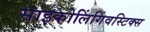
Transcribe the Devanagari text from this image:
साइकोलिंगिंवस्टिक्स